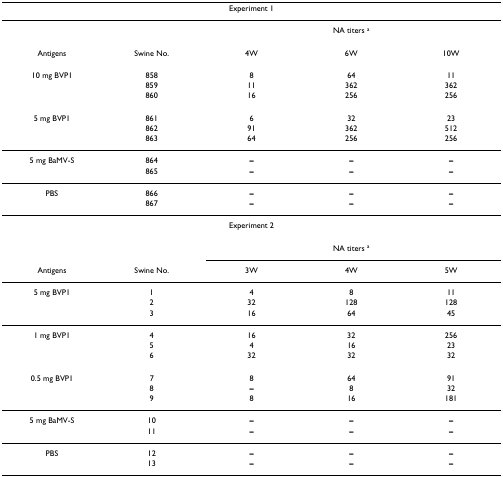
<table><thead><tr><td colspan="5"><b>Experiment 1</b></td></tr></thead><tbody><tr><td></td><td></td><td colspan="3">NA titers <sup>a</sup></td></tr><tr><td>Antigens</td><td>Swine No.</td><td>4W</td><td>6W</td><td>10W</td></tr><tr><td>10 mg BVP1</td><td>858</td><td>8</td><td>64</td><td>11</td></tr><tr><td></td><td>859</td><td>11</td><td>362</td><td>362</td></tr><tr><td></td><td>860</td><td>16</td><td>256</td><td>256</td></tr><tr><td>5 mg BVP1</td><td>861</td><td>6</td><td>32</td><td>23</td></tr><tr><td></td><td>862</td><td>91</td><td>362</td><td>512</td></tr><tr><td></td><td>863</td><td>64</td><td>256</td><td>256</td></tr><tr><td>5 mg BaMV-S</td><td>864</td><td><b>–</b></td><td><b>–</b></td><td><b>–</b></td></tr><tr><td></td><td>865</td><td><b>–</b></td><td><b>–</b></td><td><b>–</b></td></tr><tr><td>PBS</td><td>866</td><td><b>–</b></td><td><b>–</b></td><td><b>–</b></td></tr><tr><td></td><td>867</td><td><b>–</b></td><td><b>–</b></td><td><b>–</b></td></tr><tr><td colspan="5">Experiment 2</td></tr><tr><td></td><td></td><td colspan="3">NA titers <sup>a</sup></td></tr><tr><td>Antigens</td><td>Swine No.</td><td>3W</td><td>4W</td><td>5W</td></tr><tr><td>5 mg BVP1</td><td>1</td><td>4</td><td>8</td><td>11</td></tr><tr><td></td><td>2</td><td>32</td><td>128</td><td>128</td></tr><tr><td></td><td>3</td><td>16</td><td>64</td><td>45</td></tr><tr><td>1 mg BVP1</td><td>4</td><td>16</td><td>32</td><td>256</td></tr><tr><td></td><td>5</td><td>4</td><td>16</td><td>23</td></tr><tr><td></td><td>6</td><td>32</td><td>32</td><td>32</td></tr><tr><td>0.5 mg BVP1</td><td>7</td><td>8</td><td>64</td><td>91</td></tr><tr><td></td><td>8</td><td><b>–</b></td><td>8</td><td>32</td></tr><tr><td></td><td>9</td><td>8</td><td>16</td><td>181</td></tr><tr><td>5 mg BaMV-S</td><td>10</td><td><b>–</b></td><td><b>–</b></td><td><b>–</b></td></tr><tr><td></td><td>11</td><td><b>–</b></td><td><b>–</b></td><td><b>–</b></td></tr><tr><td>PBS</td><td>12</td><td><b>–</b></td><td><b>–</b></td><td><b>–</b></td></tr><tr><td></td><td>13</td><td><b>–</b></td><td><b>–</b></td><td><b>–</b></td></tr></tbody></table>